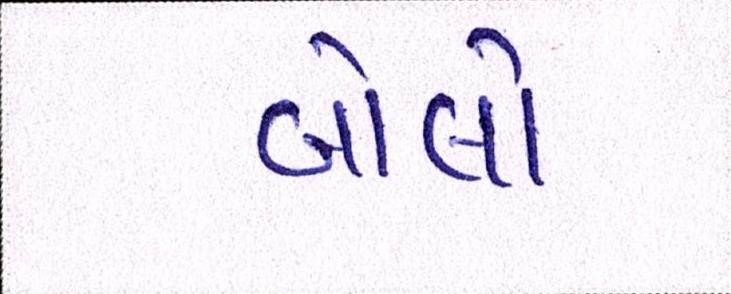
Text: બોલો